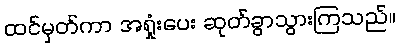
ထင်မှတ်ကာ အရှုံးပေး ဆုတ်ခွာသွားကြသည်။